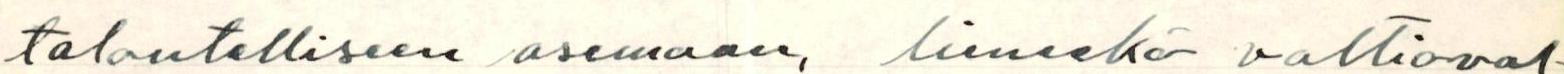
taloudelliseen asemaan, lieneekö valtioval-